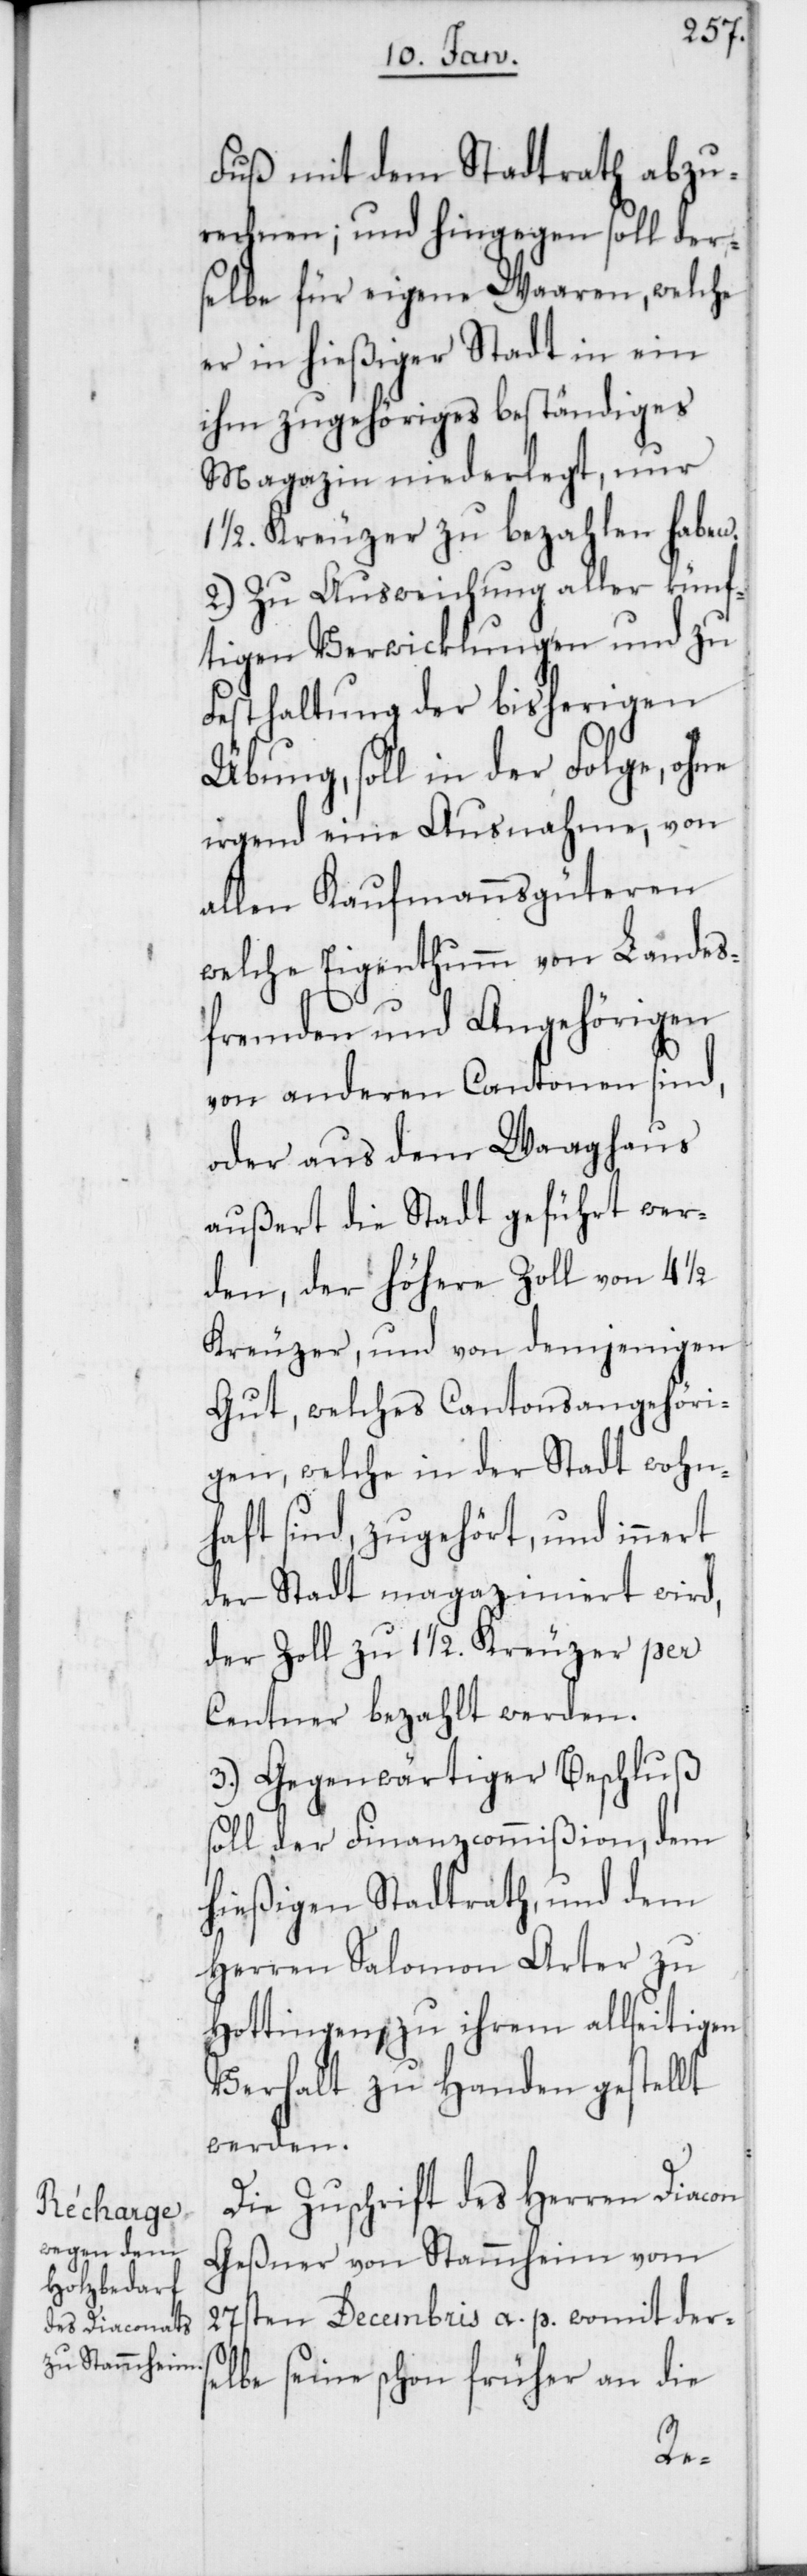
Fuß mit dem Stadtrath abzu¬
rechnen; und hingegen soll der¬
selbe für eigene Waaren, welche
er in hießiger Stadt in ein
ihm zugehöriges beständiges
Magazin niederlegt, nur
1/2. Kreuzer zu bezahlen haben.
2.) Zu Ausweichung aller künf¬
tigen Verwicklungen und zu
Festhaltung der bisherigen
Übung, soll in der Folge, ohne
irgend eine Ausnahme, von
allen Kaufmannsgüteren,
welche Eigenthum von Landes¬
fremden und Angehörigen
von anderen Cantonen sind,
oder aus dem Waaghaus
außert die Stadt geführt wer¬
den, der höhere Zoll von 4
Kreuzer, und von demjenigen
Gut, welches Cantonsangehöri¬
gen, welche in der Stadt wohn¬
haft sind, zugehört, und innert
der Stadt magaziniert wird,
der Zoll zu 1 1/2. Kreuzer per
Centner bezahlt werden.
3.) Gegenwärtiger Beschluß
soll der Finanzcommißion, dem
hießigen Stadtrath, und dem
Herren Salomon Arter zu
Hottingen, zu ihrem allseitigen
Verhalt zu Handen gestellt
werden.
Die Zuschrift des Herren Diacon
Geßner von Stammheim vom
27sten Decembris a. p. womit ders¬
elbe seine schon früher an die